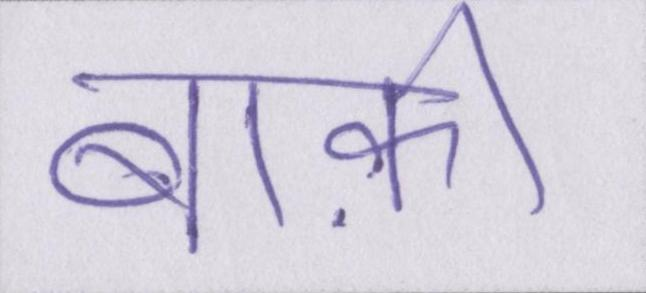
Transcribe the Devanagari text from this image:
बाक़ी